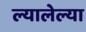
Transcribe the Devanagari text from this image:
ल्यालेल्या